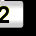
Digit: 2